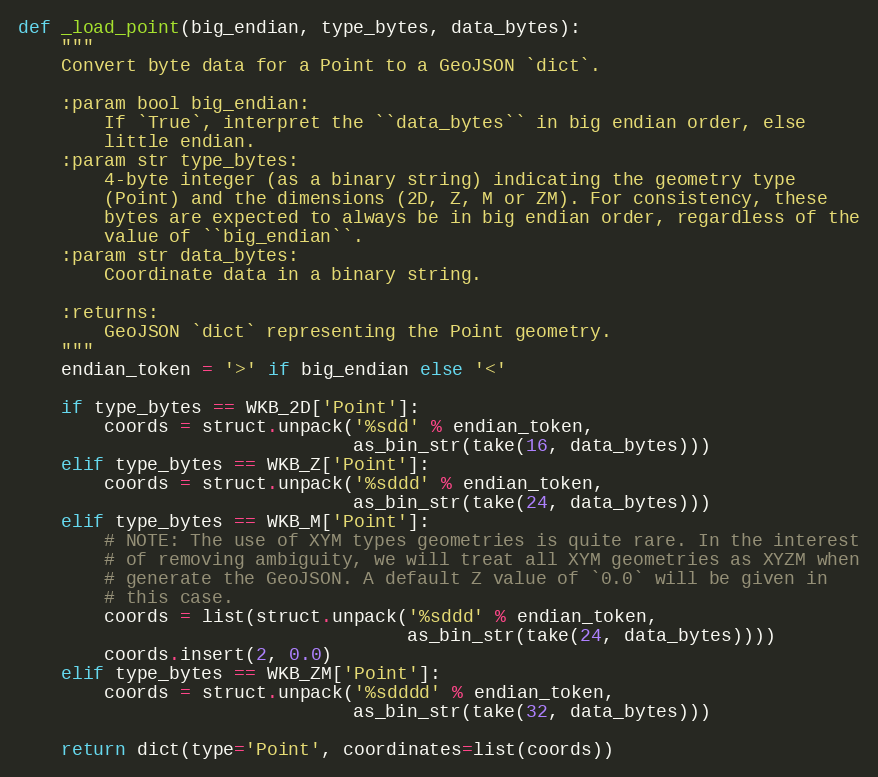
Language: Python
def _load_point(big_endian, type_bytes, data_bytes):
    """
    Convert byte data for a Point to a GeoJSON `dict`.

    :param bool big_endian:
        If `True`, interpret the ``data_bytes`` in big endian order, else
        little endian.
    :param str type_bytes:
        4-byte integer (as a binary string) indicating the geometry type
        (Point) and the dimensions (2D, Z, M or ZM). For consistency, these
        bytes are expected to always be in big endian order, regardless of the
        value of ``big_endian``.
    :param str data_bytes:
        Coordinate data in a binary string.

    :returns:
        GeoJSON `dict` representing the Point geometry.
    """
    endian_token = '>' if big_endian else '<'

    if type_bytes == WKB_2D['Point']:
        coords = struct.unpack('%sdd' % endian_token,
                               as_bin_str(take(16, data_bytes)))
    elif type_bytes == WKB_Z['Point']:
        coords = struct.unpack('%sddd' % endian_token,
                               as_bin_str(take(24, data_bytes)))
    elif type_bytes == WKB_M['Point']:
        # NOTE: The use of XYM types geometries is quite rare. In the interest
        # of removing ambiguity, we will treat all XYM geometries as XYZM when
        # generate the GeoJSON. A default Z value of `0.0` will be given in
        # this case.
        coords = list(struct.unpack('%sddd' % endian_token,
                                    as_bin_str(take(24, data_bytes))))
        coords.insert(2, 0.0)
    elif type_bytes == WKB_ZM['Point']:
        coords = struct.unpack('%sdddd' % endian_token,
                               as_bin_str(take(32, data_bytes)))

    return dict(type='Point', coordinates=list(coords))